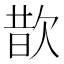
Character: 𪴮